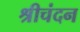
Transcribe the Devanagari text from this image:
श्रीचंदन